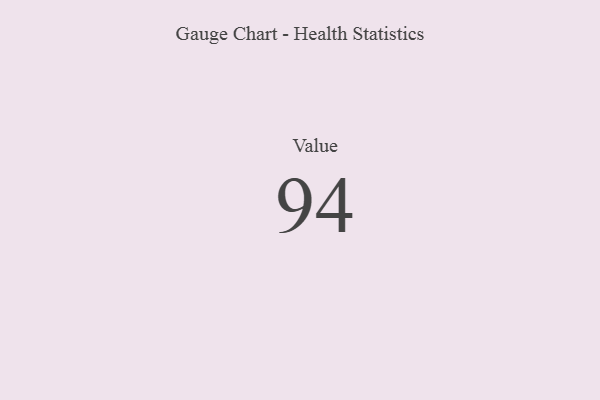
{"axis": {"x": "Metric", "y": "Value"}, "legend": [""], "data": [{"x": "Value", "y": 94, "type": ""}]}